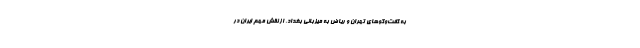
به گفت‌وگوهای تهران و ریاض به میزبانی بغداد، از نقش مهم ایران در